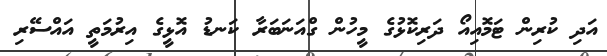
އަދި ކުރިން ޓަމޮއިއޯ ދަރިކޮޅުގެ މީހުން ގްއަނަބަރާ ކަނޑު އޮޅީގެ އިރުމަތީ އައްސޭރި